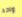
واحد